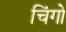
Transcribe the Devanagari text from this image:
चिंगो